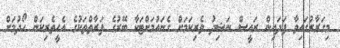
މިގަރާރުގައިވާ ފަދައިން ރައީސް ނަޝިދު ވެރިކަމަށް ގެނައުމަށްޓަކާ ބޭރުގެ ފަރާތްތަކުގެ އެހީތެރިކަން ހޯދުމަށް